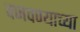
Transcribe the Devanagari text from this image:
वजवण्याच्या